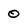
Character: 0